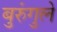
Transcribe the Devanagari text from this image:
बुरुंगुले